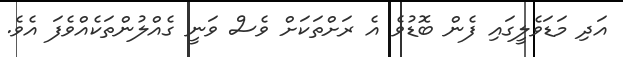
އަދި މަޑަވެލީގައި ފެން ބޮޑުވެ އެ ރަށްތަކަށް ވެސް ވަނީ ގެއްލުންތަކެއްވެފަ އެވެ.